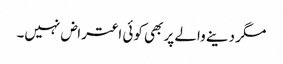
مگر دینے والے پر بھی کوئی اعتراض نہیں۔